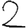
Digit: 2